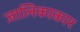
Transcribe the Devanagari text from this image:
जालिकाकार